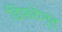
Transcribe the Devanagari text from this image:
डिफरेण्ट